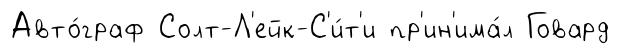
Авто́граф Солт-Л'ейк-С'и́т'и пр'ин'има́л Говард